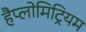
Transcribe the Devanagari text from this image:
हैप्लोमिट्रियम